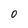
Character: 0